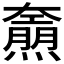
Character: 𤑌